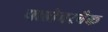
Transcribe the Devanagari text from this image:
फ्लोवरपैक